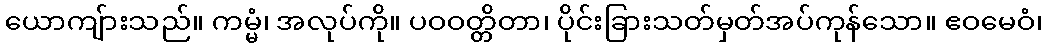
ယောကျ်ားသည်။ ကမ္မံ၊ အလုပ်ကို။ ပဝဝတ္တိတာ၊ ပိုင်းခြားသတ်မှတ်အပ်ကုန်သော။ ဧဝမေဝံ၊